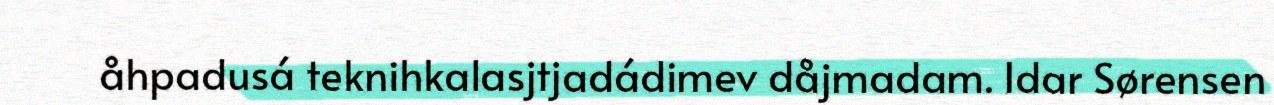
åhpadusá teknihkalasjtjadádimev dåjmadam. Idar Sørensen